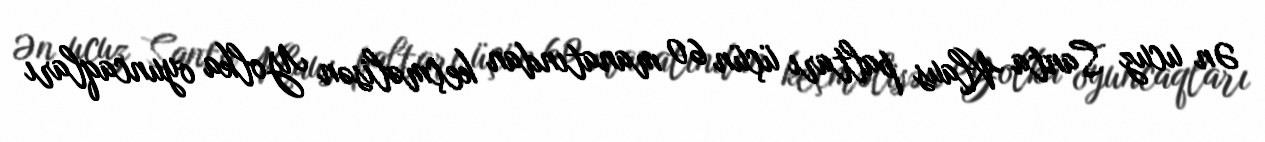
Ən ucuz Santa Klaus paltarı üçün 60 manatından keçməlisən Yolka oyuncaqları